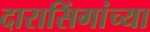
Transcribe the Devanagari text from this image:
दारासिंगांच्या